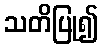
သတိပြု၍